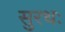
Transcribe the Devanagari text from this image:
सुरथः